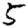
Digit: 5